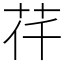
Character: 𦭛